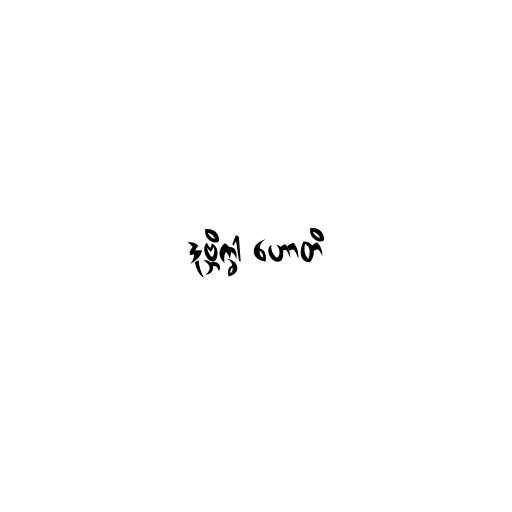
ဒုဗ္ဘိက္ခါ ဟောတိ